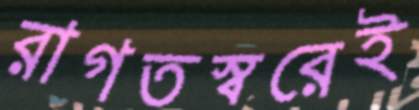
রাগতস্বরেই